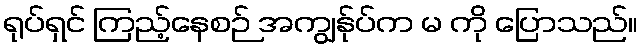
ရုပ်ရှင် ကြည့်နေစဉ် အကျွန်ုပ်က မ ကို ပြောသည်။